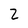
Character: 2